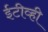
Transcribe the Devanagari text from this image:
ईटीव्ही